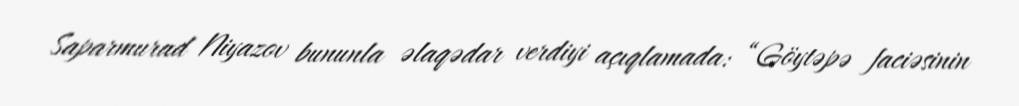
Saparmurad Niyazov bununla əlaqədar verdiyi açıqlamada: “Göytəpə faciəsinin